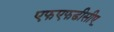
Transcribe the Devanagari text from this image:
एफएफडीसीए